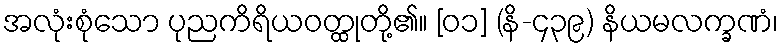
အလုံးစုံသော ပုညကိရိယဝတ္ထုတို့၏။ [၀၁] (နိ-၄၃၉) နိယမလက္ခဏံ၊